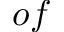
o f